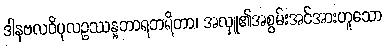
ဒါနဗလဝိပုလဥဿန္နဘာရဘရိတာ၊ အလှူ၏အစွမ်းအင်အားဟူသော